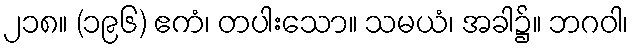
၂၁၈။ (၁၉၆) ဧကံ၊ တပါးသော။ သမယံ၊ အခါ၌။ ဘဂဝါ၊